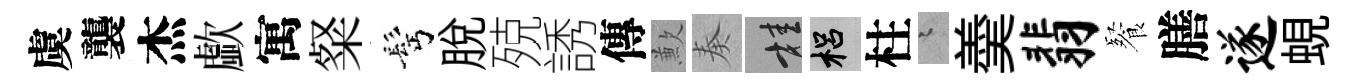
虞襲杰歔寓粲髩脱殑誘傳歉奏桂梠柱迢羮翡餐膳遂蜆